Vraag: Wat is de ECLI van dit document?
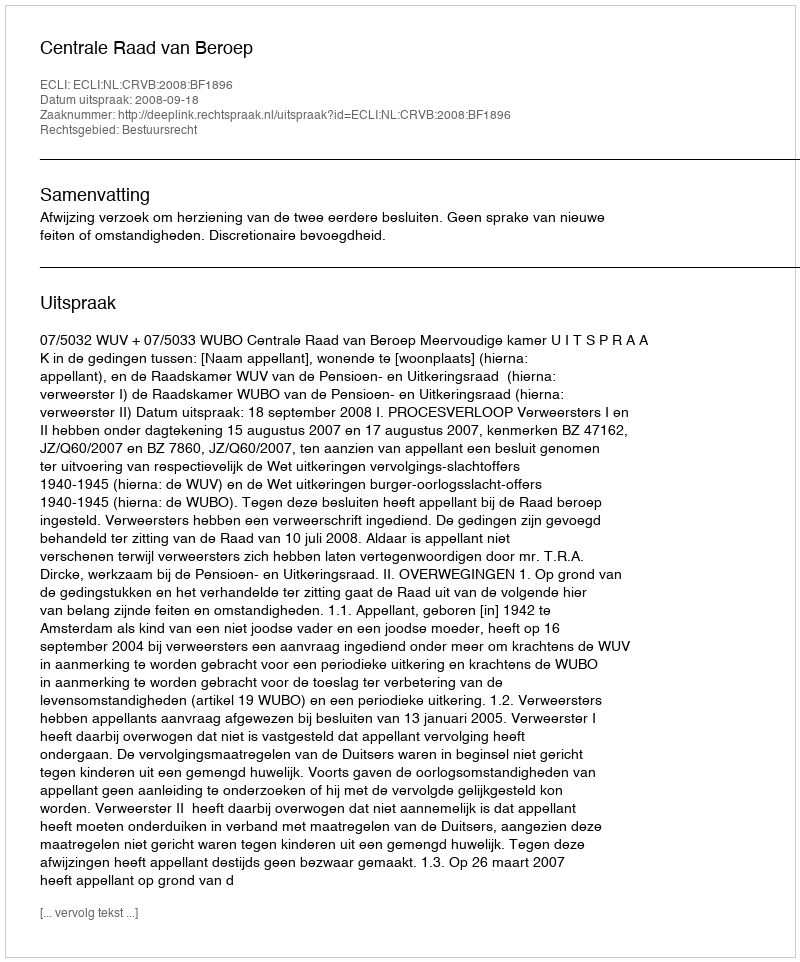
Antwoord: ECLI:NL:CRVB:2008:BF1896